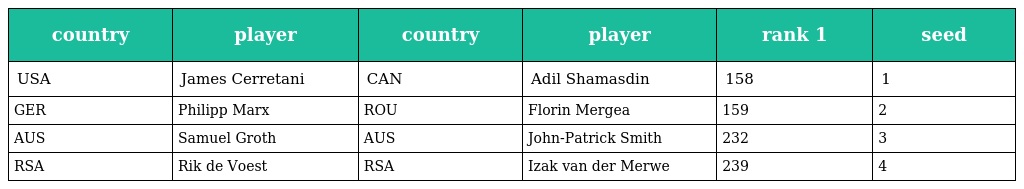
| country | player | country | player | rank 1 | seed |
 | --- | --- | --- | --- | --- | --- |
 | USA | James Cerretani | CAN | Adil Shamasdin | 158 | 1 |
 | GER | Philipp Marx | ROU | Florin Mergea | 159 | 2 |
 | AUS | Samuel Groth | AUS | John-Patrick Smith | 232 | 3 |
 | RSA | Rik de Voest | RSA | Izak van der Merwe | 239 | 4 |